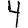
Digit: 4